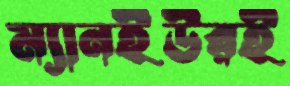
ম্যানইউরই